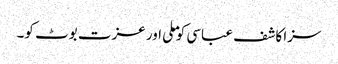
سزا کاشف عباسی کو ملی اور عزت بوٹ کو۔